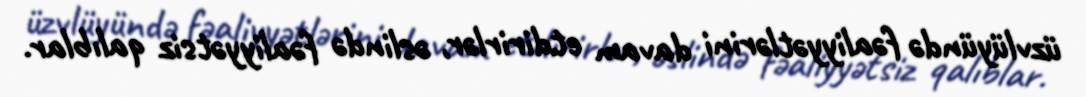
üzvlüyündə fəaliyyətlərini davam etdirirlər, əslində fəaliyyətsiz qalıblar.